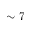
\sim 7